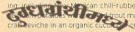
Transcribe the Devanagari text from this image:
दुग्धग्रंथीमध्ये